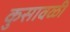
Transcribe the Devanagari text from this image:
कुसावळी